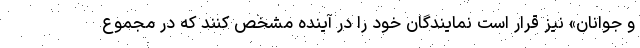
و جوانان» نیز قرار است نمایندگان خود را در آینده مشخص کنند که در مجموع